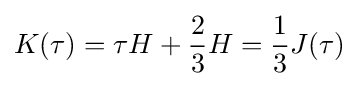
K(\tau )=\tau H+{\frac {2}{3}}H={\frac {1}{3}}J(\tau )